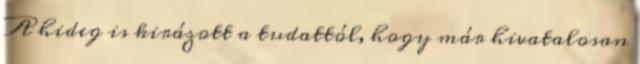
A hideg is kirázott a tudattól, hogy már hivatalosan